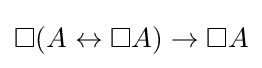
\Box (A\leftrightarrow \Box A)\to \Box A